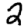
Digit: 2